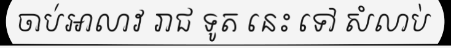
ចាប់អាលាវ រាជ ទូត នេះ ទៅ សំលាប់